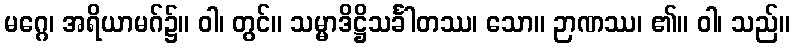
မဂ္ဂေ၊ အရိယာမဂ်၌။ ဝါ၊ တွင်။ သမ္မာဒိဋ္ဌိသင်္ခါတဿ၊ သော။ ဉာဏဿ၊ ၏။ ဝါ၊ သည်။